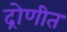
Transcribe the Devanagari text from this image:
द्रोणीत